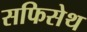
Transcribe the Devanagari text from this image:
सफिसेथ